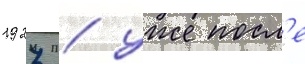
1927 / уже посл'е